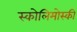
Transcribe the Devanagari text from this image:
स्कोलिमोस्की